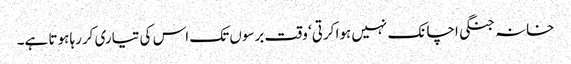
خانہ جنگی اچانک نہیں ہوا کرتی‘ وقت برسوں تک اس کی تیاری کررہا ہوتا ہے۔